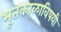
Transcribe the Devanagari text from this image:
भूतकाळाविषयी